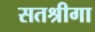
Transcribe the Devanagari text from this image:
सतश्रीगा